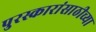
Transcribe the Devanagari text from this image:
पुरस्कारांसाठीच्या